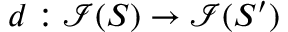
d : \mathcal { I } ( S ) \rightarrow \mathcal { I } ( S ^ { \prime } )